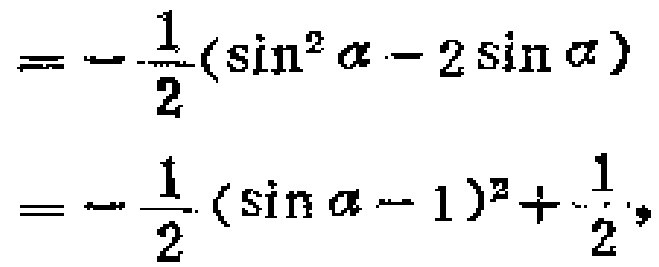
\[
\begin{align*}
&=-\frac{1}{2}(\sin^{2}\alpha - 2\sin\alpha)\\
&=-\frac{1}{2}(\sin\alpha - 1)^{2}+\frac{1}{2},
\end{align*}
\]